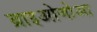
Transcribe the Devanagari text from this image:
ब्राइओजोआ